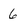
Character: 6